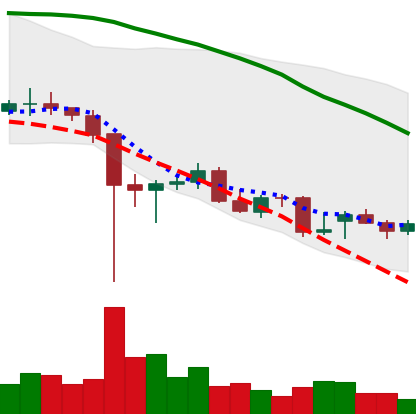
Ticker: ETC-USD
Chart end date: 2021-12-18
Forward return: 7.041%
Label: up_7plus